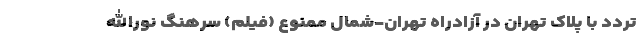
تردد با پلاک تهران در آزادراه تهران-شمال ممنوع (فیلم) سرهنگ نورالله